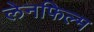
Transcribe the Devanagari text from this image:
लेनफिल्म